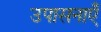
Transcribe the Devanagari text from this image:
उपासनाएँ